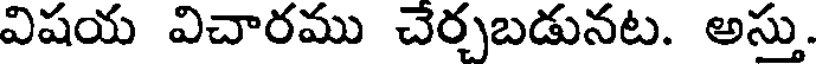
విషయ విచారము చేర్చబడునట. అస్తు.